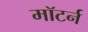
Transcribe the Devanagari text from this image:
मॉटर्न